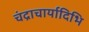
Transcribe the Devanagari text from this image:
चंद्राचार्यादिभि